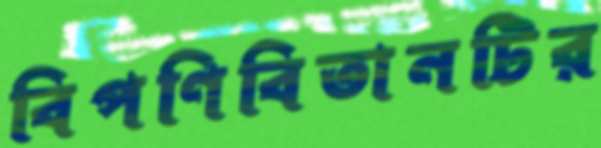
বিপণিবিতানটির